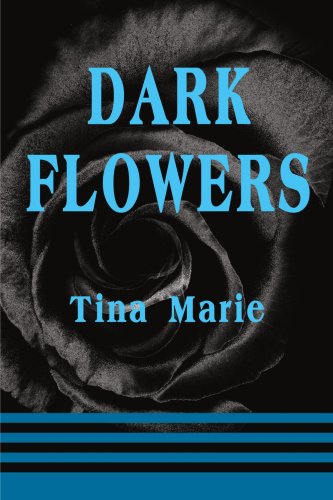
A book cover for Dark Flowers; Tina Marie; Romance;